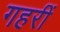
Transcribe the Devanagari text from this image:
गहरीं